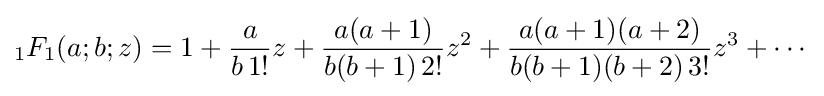
{}_{1}F_{1}(a;b;z)=1+{\frac {a}{b\,1!}}z+{\frac {a(a+1)}{b(b+1)\,2!}}z^{2}+{\frac {a(a+1)(a+2)}{b(b+1)(b+2)\,3!}}z^{3}+\cdots